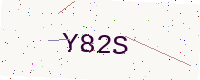
Text: Y82S